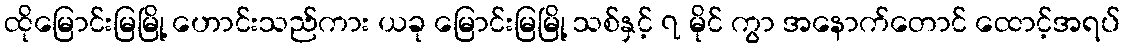
ထိုမြောင်းမြမြို့ ဟောင်းသည်ကား ယခု မြောင်းမြမြို့ သစ်နှင့် ၇ မိုင် ကွာ အနောက်တောင် ထောင့်အရပ်